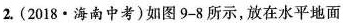
2.(2018·海南中考)如图9-8所示，放在水平地面